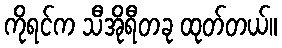
ကိုရင်က သီအိုရီတခု ထုတ်တယ်။